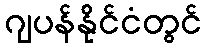
ဂျပန်နိုင်ငံတွင်